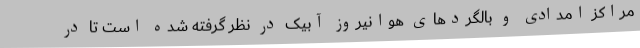
مراکز امدادی و بالگردهای هوانیروز آبیک در نظر گرفته شده است تا در